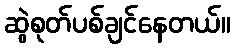
ဆွဲစုတ်ပစ်ချင်နေတယ်။